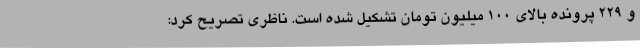
و 229 پرونده بالای 100 میلیون تومان تشکیل شده است. ناظری تصریح کرد: